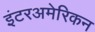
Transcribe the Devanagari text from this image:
इंटरअमेरिकन